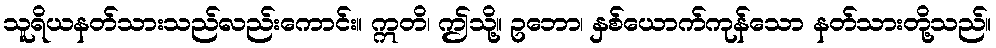
သူရိယနတ်သားသည်လည်းကောင်း။ ဣတိ၊ ဤသို့။ ဥဘော၊ နှစ်ယောက်ကုန်သော နတ်သားတို့သည်။